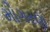
મોગરણ